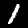
Digit: 1